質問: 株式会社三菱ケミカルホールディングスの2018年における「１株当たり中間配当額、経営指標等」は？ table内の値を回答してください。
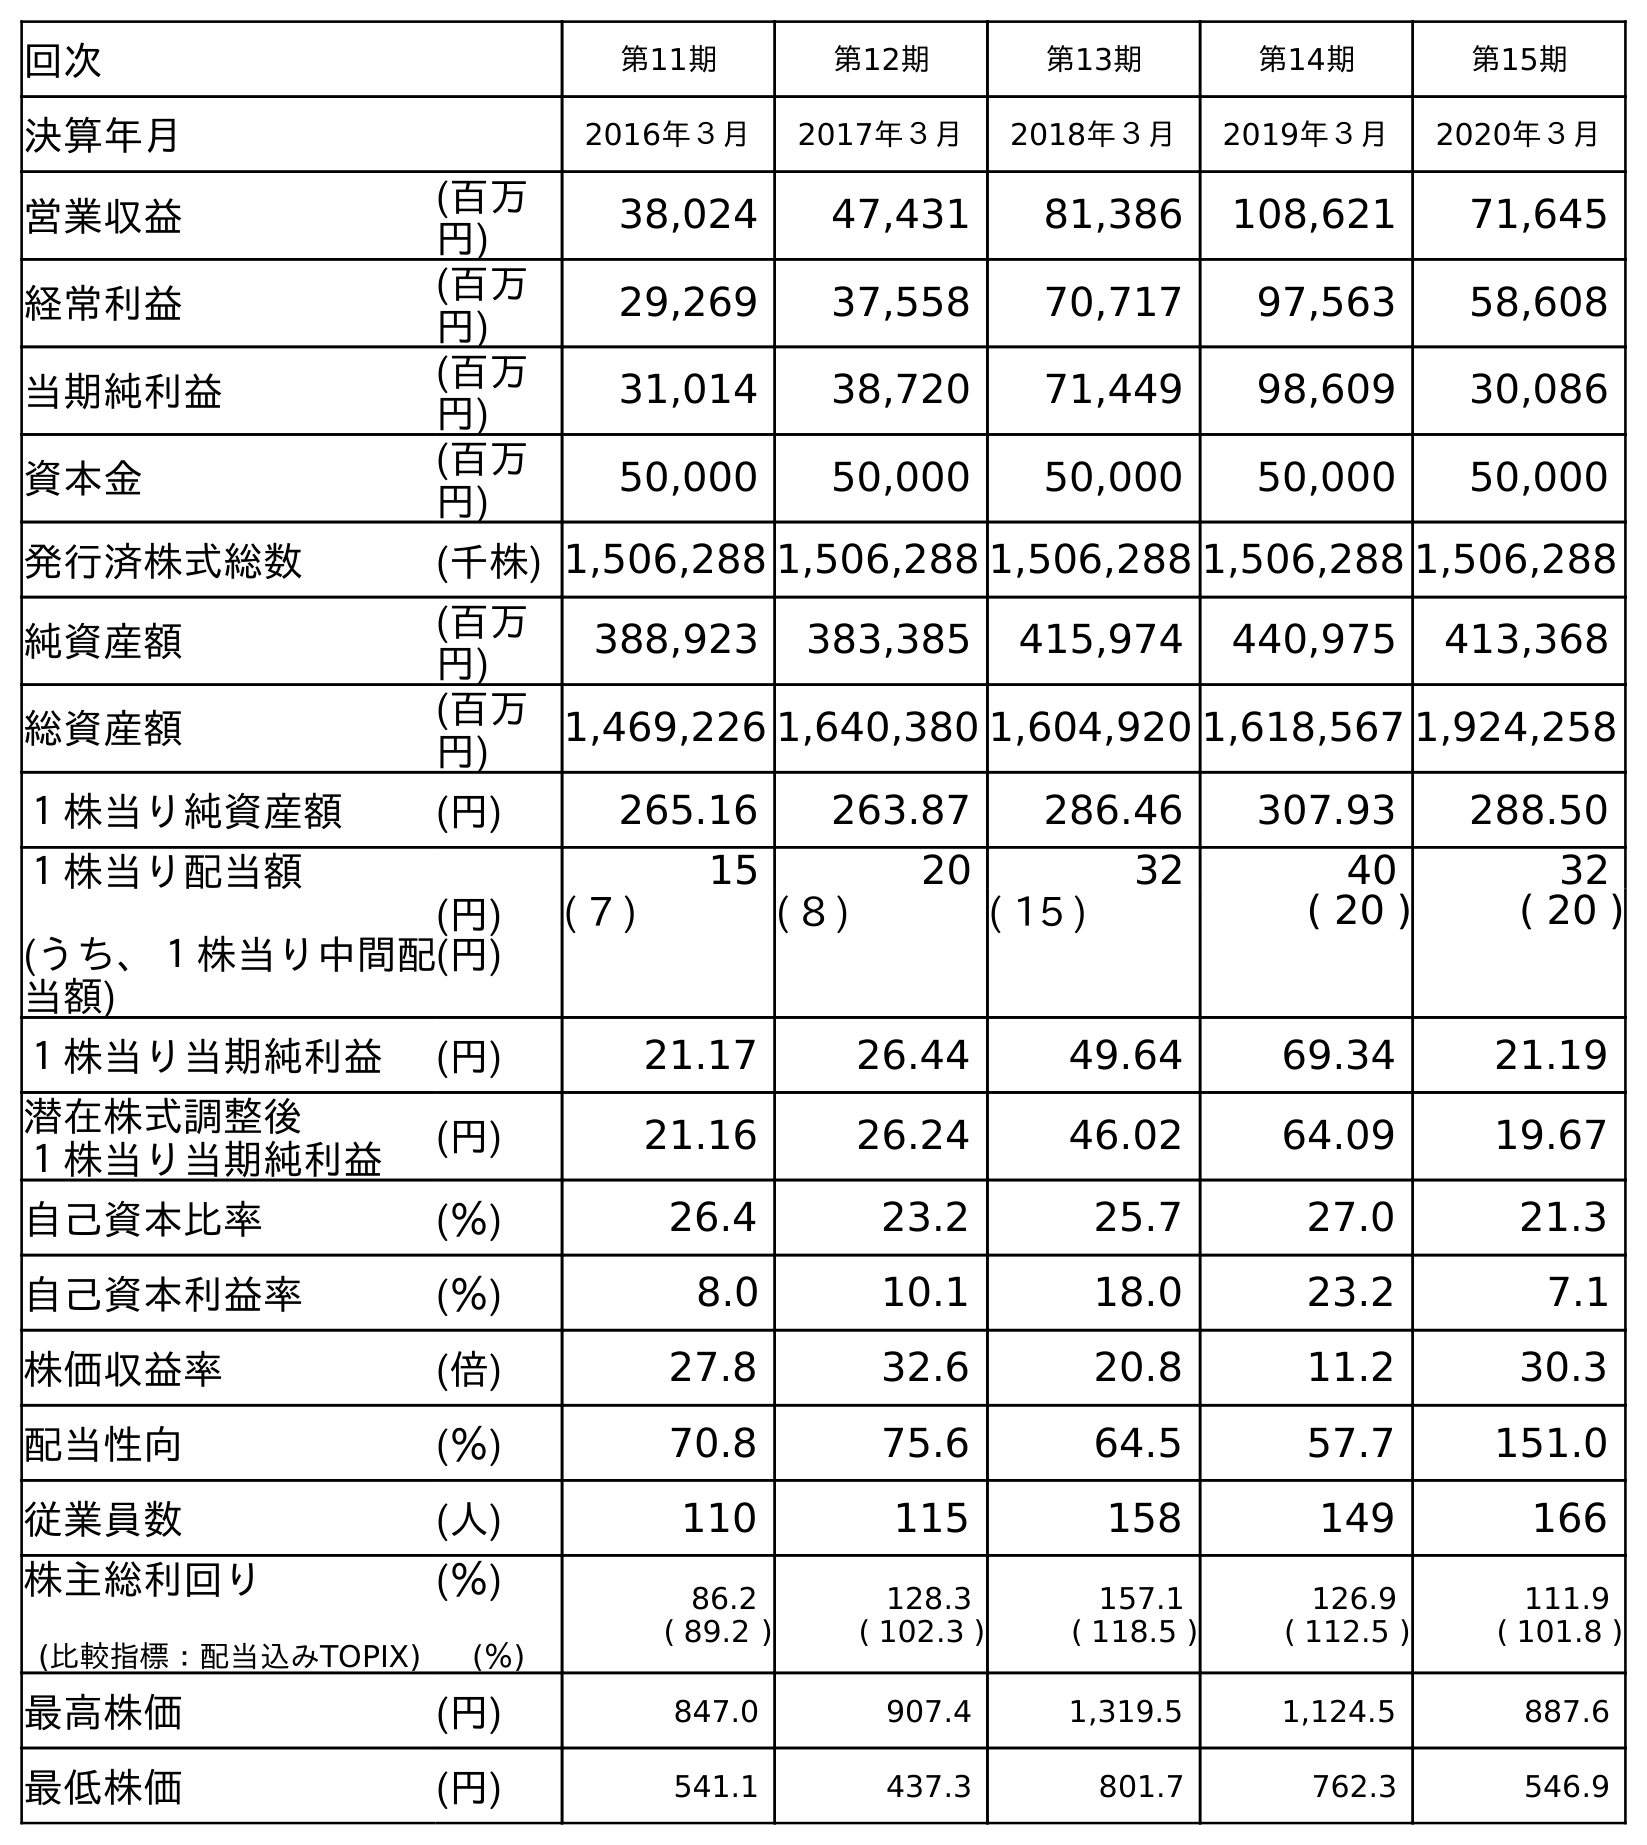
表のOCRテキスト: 回次 第11期 第12期 第13期 第14期 第15期 決算年月 2016年３月 2017年３月 2018年３月 2019年３月 2020年３月 営業収益 (百万 円) 38,024 47,431 81,386 108,621 71,645 経常利益 (百万 円) 29,269 37,558 70,717 97,563 58,608 当期純利益 (百万 円) 31,014 38,720 71,449 98,609 30,086 資本金 (百万 円) 50,000 50,000 50,000 50,000 50,000 発行済株式総数 (千株) 1,506,288 1,506,288 1,506,288 1,506,288 1,506,288 純資産額 (百万 円) 388,923 383,385 415,974 440,975 413,368 総資産額 (百万 円) 1,469,226 1,640,380 1,604,920 1,618,567 1,924,258 １株当り純資産額 (円) 265.16 263.87 286.46 307.93 288.50 １株当り配当額 (うち、１株当り中間配 当額) (円) (円) 15 20 32 40 32 ( 7 ) ( 8 ) ( 15 ) ( 20 ) ( 20 ) １株当り当期純利益 (円) 21.17 26.44 49.64 69.34 21.19 潜在株式調整後 １株当り当期純利益 (円) 21.16 26.24 46.02 64.09 19.67 自己資本比率 (％) 26.4 23.2 25.7 27.0 21.3 自己資本利益率 (％) 8.0 10.1 18.0 23.2 7.1 株価収益率 (倍) 27.8 32.6 20.8 11.2 30.3 配当性向 (％) 70.8 75.6 64.5 57.7 151.0 従業員数 (人) 110 115 158 149 166 株主総利回り (比較指標：配当込みTOPIX) (％) (％) 86.2 ( 89.2 ) 128.3 ( 102.3 ) 157.1 ( 118.5 ) 126.9 ( 112.5 ) 111.9 ( 101.8 ) 最高株価 (円) 847.0 907.4 1,319.5 1,124.5 887.6 最低株価 (円) 541.1 437.3 801.7 762.3 546.9
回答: (15)